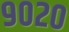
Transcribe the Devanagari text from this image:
९०२०